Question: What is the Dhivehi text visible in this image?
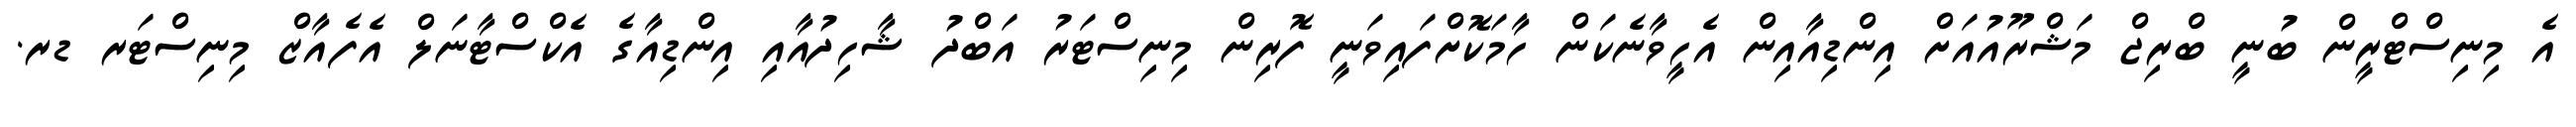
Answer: އެ މިނިސްޓްރީން ބުނީ ބްރިޖް މަޝްރޫއުއަށް އިންޑިއާއިން އެހީވާނެކަން ހާމަކޮށްފައިވަނީ ފޮރިން މިނިސްޓަރު އަބްދު ޝާހިދުއާއި އިންޑިއާގެ އެކްސްޓާނަލް އެފެއާޒް މިނިސްޓަރ ޑރ.